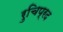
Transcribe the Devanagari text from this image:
रुचिप्रद